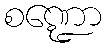
စဏ္ဍော